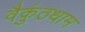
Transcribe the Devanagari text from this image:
वैकुंठधाम